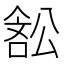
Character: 𭉽